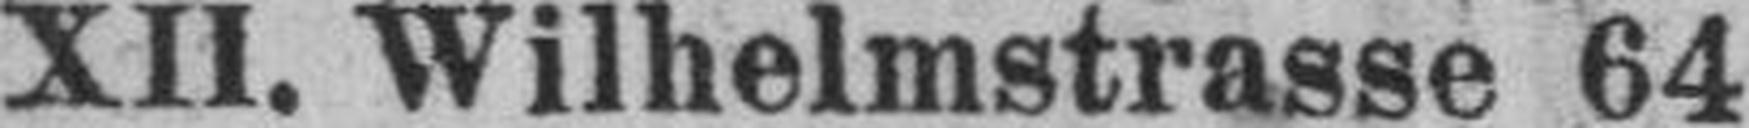
XII. Wilhelmstrasse 64